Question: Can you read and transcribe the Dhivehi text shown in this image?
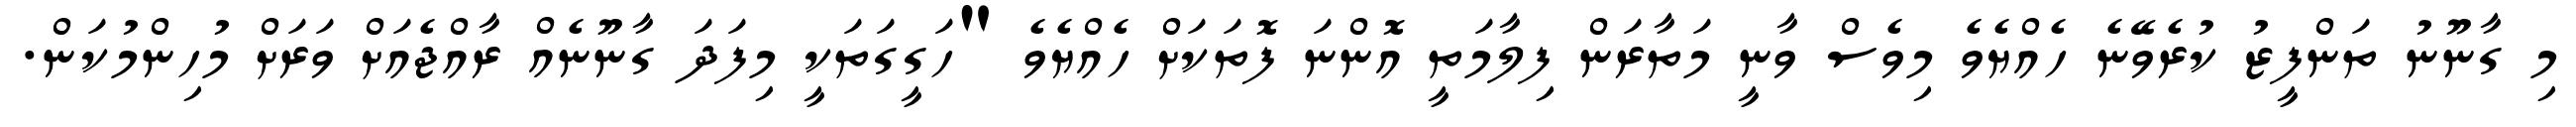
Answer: މި ގާނޫނު ތަންފީޒު ކުރެވޭނެ ހެއްޔެވެ މިވެސް ވާނީ މަތާރަން ފިލާމަތީ އޮންނަ ފޮތަކަށް ހެއްޔެވެ "ހަގީގަތަކީ މިފަދަ ގާނޫނެއް ރާއްޖެއަށް ވަރަށް މުހިންމުކަން.